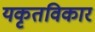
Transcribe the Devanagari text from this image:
यकृतविकार